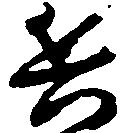
兵